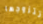
تتزوجها